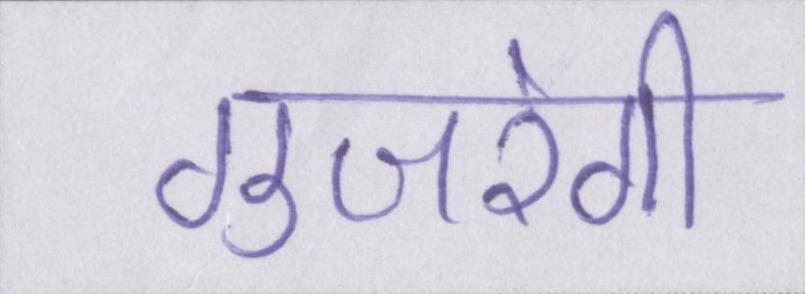
गुजरेगी